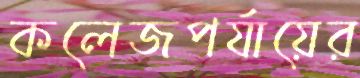
কলেজপর্যায়ের